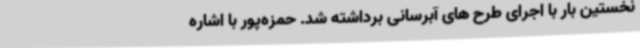
نخستین بار با اجرای طرح های آبرسانی برداشته شد. حمزه‌پور با اشاره